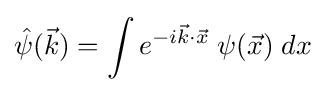
{\hat {\psi }}({\vec {k}})=\int e^{-i{\vec {k}}\cdot {\vec {x}}}\;\psi ({\vec {x}})\;dx